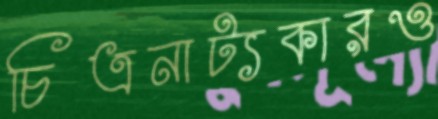
চিত্রনাট্যকারও